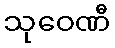
သုဝေဏီ